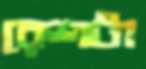
রেশটা